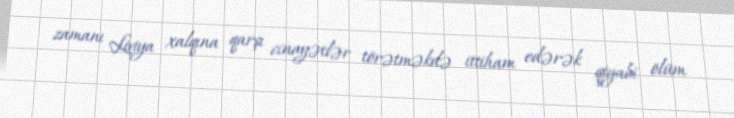
zamanı Liviya xalqına qarşı cinayətlər törətməkdə ittiham edərək qiyabi ölüm